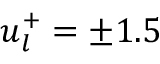
u _ { l } ^ { + } = \pm 1 . 5